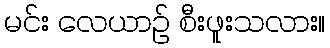
မင်း လေယာဉ် စီးဖူးသလား။